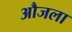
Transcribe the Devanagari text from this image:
औजला